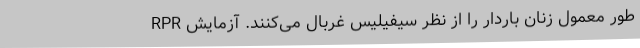
طور معمول زنان باردار را از نظر سیفیلیس غربال می‌کنند. آزمایش RPR